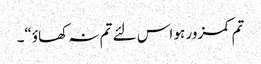
تم کمزور ہو اس لئے تم نہ کھاؤ“۔